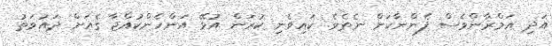
އަދި އަމްރާންވެސް ފެންނާކަށް ނެތެވެ. ކައިވެނި ކުރަން އުޅޭ އަންހެންކުއްޖާ ގެއަށް ދައުވަތު